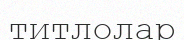
титлолар